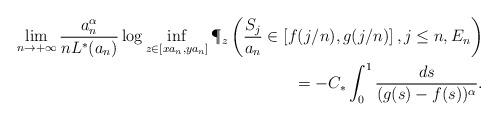
LaTeX: \begin{align*} \lim_{n \to +\infty} \frac{a_n^\alpha}{n L^*(a_n)} \log \inf_{z \in [x a_n, y a_n]} \P_z\left( \frac{S_j}{a_n} \in \left[ f(j/n) ,g(j/n) \right], j \leq n, E_n\right)\\ = -C_* \int_0^1 \frac{ds}{(g(s)-f(s))^\alpha}.\end{align*}